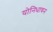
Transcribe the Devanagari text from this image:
योनिधावन